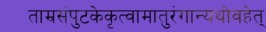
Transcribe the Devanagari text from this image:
ताम्रसंपुटकेकृत्वामातुरंगान्यथोवहेत्